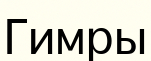
Гимры